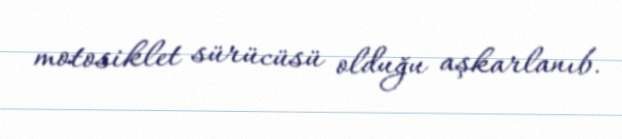
motosiklet sürücüsü olduğu aşkarlanıb.